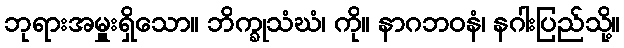
ဘုရားအမှူးရှိသော။ ဘိက္ခုသံဃံ၊ ကို။ နာဂဘဝနံ၊ နဂါးပြည်သို့။